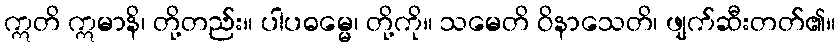
ဣတိ ဣမာနိ၊ တို့တည်း။ ပါပဓမ္မေ၊ တို့ကို။ သမေတိ ဝိနာသေတိ၊ ဖျက်ဆီးတတ်၏။